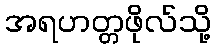
အရဟတ္တဖိုလ်သို့